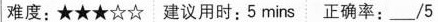
难度;★★★☆☆ 建议用时;5 mins 正确率:___/5